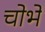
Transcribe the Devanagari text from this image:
चोभे